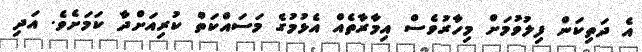
އެ ދަތިކަން ފިލުވުމަށް މިހާރުވެސް އިމާރާތެއް އެޅުމުގެ މަަސައްކަތް ކުރިއަށްދާ ކަމަށެވެ. އަދި